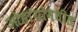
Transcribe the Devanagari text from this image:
ओहायोमधील